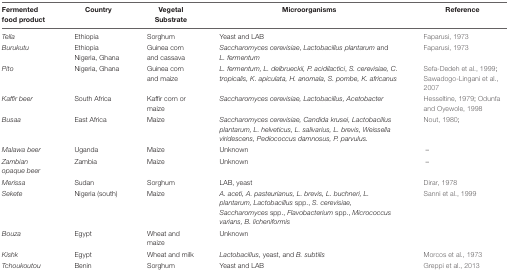
| Fermented food product | Country | Vegetal Substrate | Microorganisms | Reference |
 | --- | --- | --- | --- | --- |
 | Tella | Ethiopia | Sorghum | Yeast and LAB | Faparusi, 1973 |
 | Burukutu | Ethiopia Nigeria, Ghana | Guinea corn and cassava | Saccharomyces cerevisiae, Lactobacillus plantarum and L. fermentum | Faparusi, 1973 |
 | Pito | Nigeria, Ghana | Guinea corn and maize | L. fermentum, L. delbrueckii, P. acidilactici, S. cerevisiae, C. tropicalis, K. apiculata, H. anomala, S. pombe, K. africanus | Sefa-Dedeh et al., 1999; Sawadogo-Lingani et al., 2007 |
 | Kaffir beer | South Africa | Kaffir corn or maize | Saccharomyces cerevisiae, Lactobacillus, Acetobacter | Hesseltine, 1979; Odunfa and Oyewole, 1998 |
 | Busaa | East Africa | Maize | Saccharomyces cerevisiae, Candida krusei, Lactobacillus plantarum, L. helveticus, L. salivarius, L. brevis, Weissella viridescens, Pediococcus damnosus, P. parvulus. | Nout, 1980; |
 | Malawa beer | Uganda | Maize | Unknown | – |
 | Zambian opaque beer | Zambia | Maize | Unknown | – |
 | Merissa | Sudan | Sorghum | LAB, yeast | Dirar, 1978 |
 | Sekete | Nigeria (south) | Maize | A. aceti, A. pasteurianus, L. brevis, L. buchneri, L. plantarum, Lactobacillus spp., S. cerevisiae, Saccharomyces spp., Flavobacterium spp., Micrococcus varians, B. licheniformis | Sanni et al., 1999 |
 | Bouza | Egypt | Wheat and maize | Unknown |  |
 | Kishk | Egypt | Wheat and milk | Lactobacillus, yeast, and B. subtilis | Morcos et al., 1973 |
 | Tchoukoutou | Benin | Sorghum | Yeast and LAB | Greppi et al., 2013 |